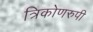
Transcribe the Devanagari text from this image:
त्रिकोणरुपी